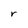
Character: r